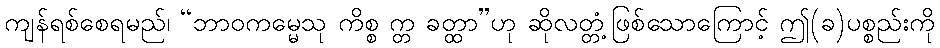
ကျန်ရစ်စေရမည်၊ “ဘာဝကမ္မေသု ကိစ္စ က္တ ခတ္ထာ”ဟု ဆိုလတ္တံ့ဖြစ်သောကြောင့် ဤ(ခ)ပစ္စည်းကို